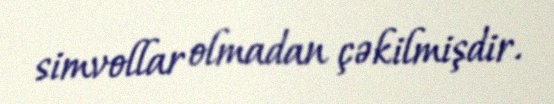
simvollar olmadan çəkilmişdir.